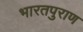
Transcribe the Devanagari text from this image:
भारतपुराण